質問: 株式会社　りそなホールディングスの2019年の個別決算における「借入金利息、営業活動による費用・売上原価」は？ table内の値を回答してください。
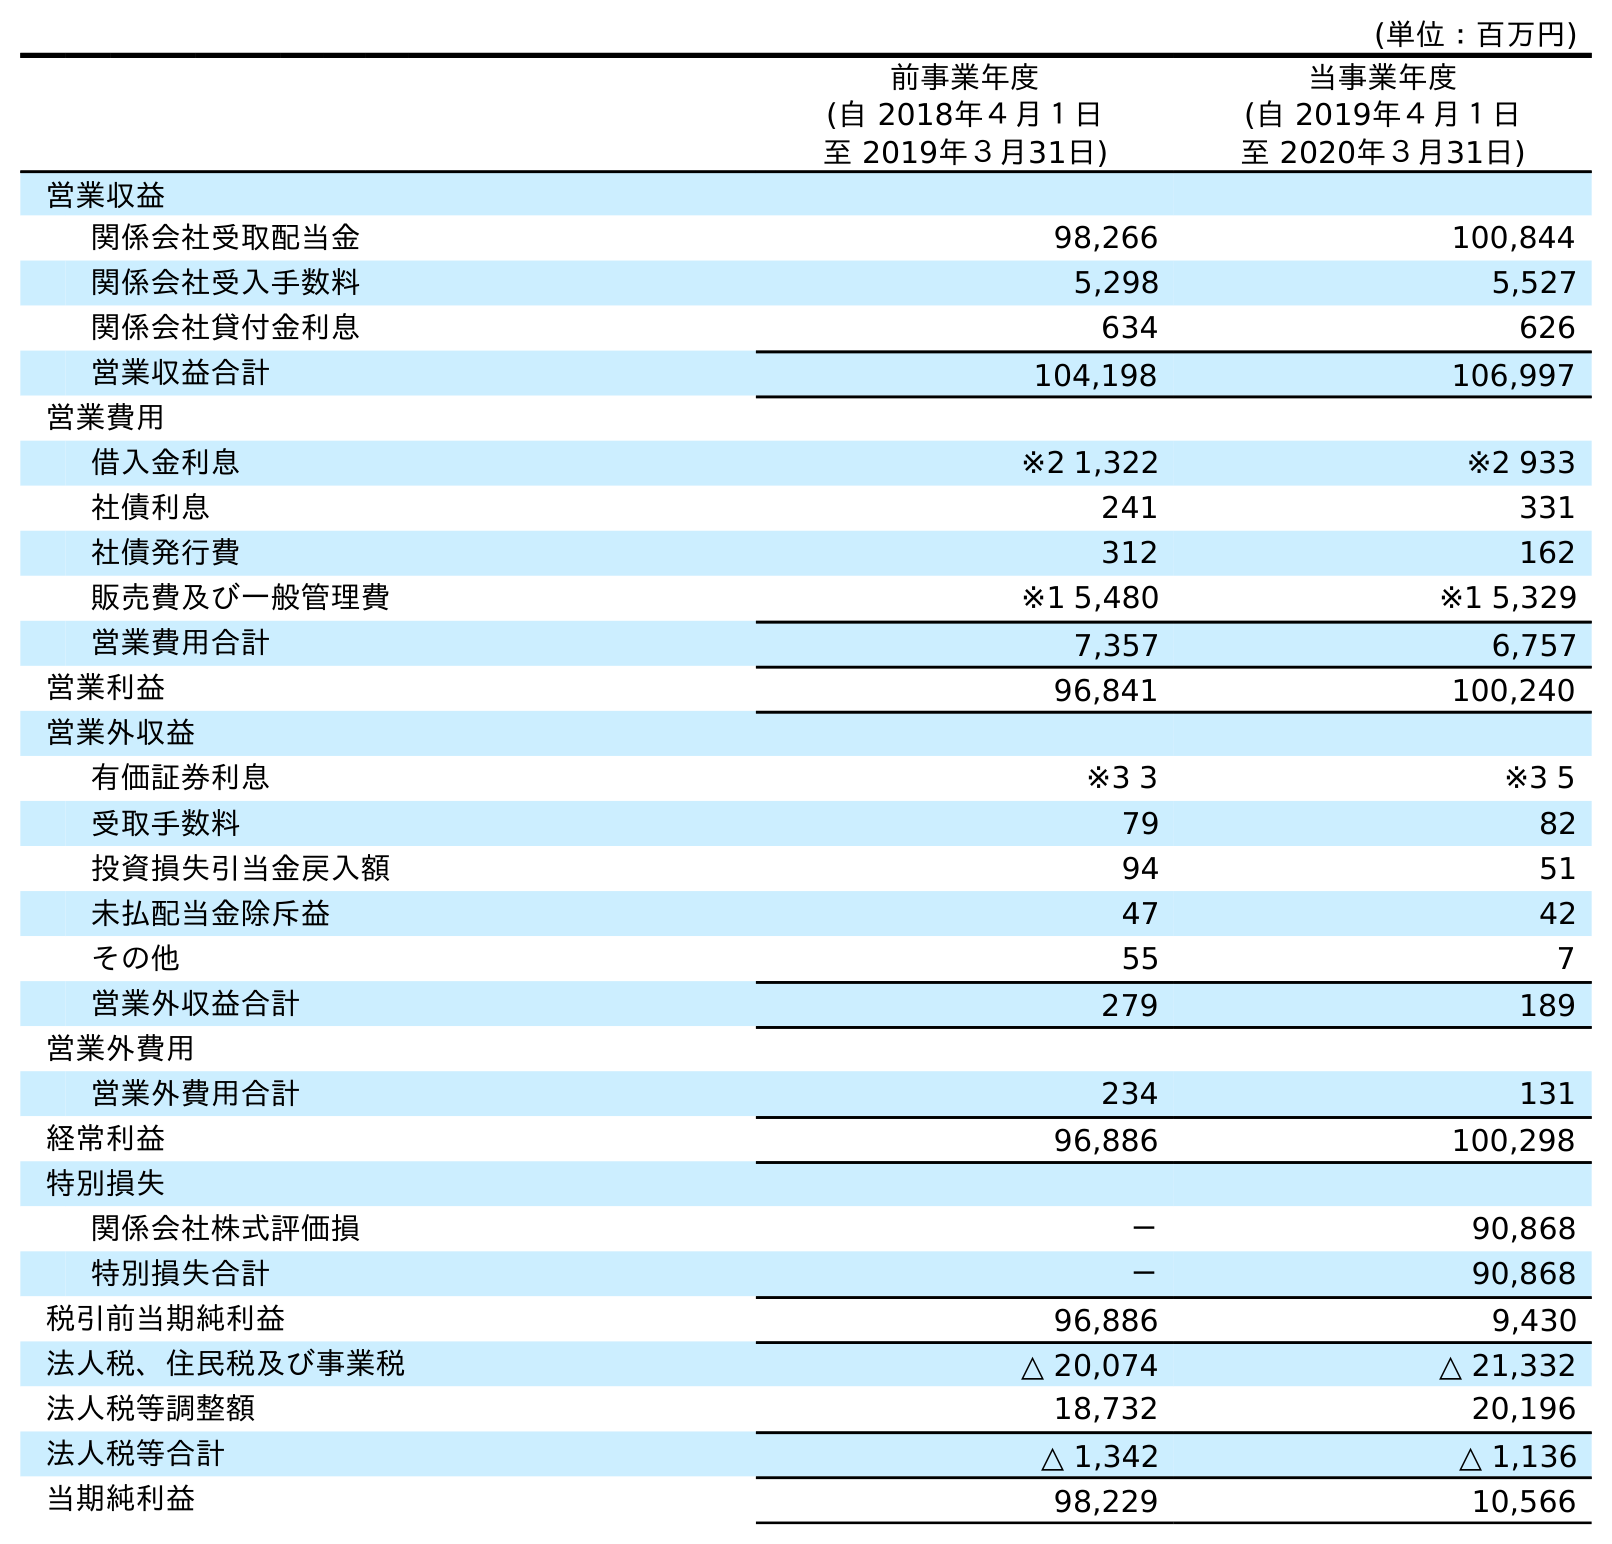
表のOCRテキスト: (単位：百万円) 前事業年度 (自 2018年４月１日 至 2019年３月31日) 当事業年度 (自 2019年４月１日 至 2020年３月31日) 営業収益 関係会社受取配当金 98,266 100,844 関係会社受入手数料 5,298 5,527 関係会社貸付金利息 634 626 営業収益合計 104,198 106,997 営業費用 借入金利息 ※2 1,322 ※2 933 社債利息 241 331 社債発行費 312 162 販売費及び一般管理費 ※1 5,480 ※1 5,329 営業費用合計 7,357 6,757 営業利益 96,841 100,240 営業外収益 有価証券利息 ※3 3 ※3 5 受取手数料 79 82 投資損失引当金戻入額 94 51 未払配当金除斥益 47 42 その他 55 7 営業外収益合計 279 189 営業外費用 営業外費用合計 234 131 経常利益 96,886 100,298 特別損失 関係会社株式評価損 － 90,868 特別損失合計 － 90,868 税引前当期純利益 96,886 9,430 法人税、住民税及び事業税 △ 20,074 △ 21,332 法人税等調整額 18,732 20,196 法人税等合計 △ 1,342 △ 1,136 当期純利益 98,229 10,566
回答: ※21,322